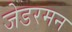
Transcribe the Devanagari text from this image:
जेडरमन